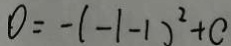
0 = - ( - 1 - 1 ) ^ { 2 } + c